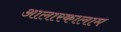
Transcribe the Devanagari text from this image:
आलारकालाम